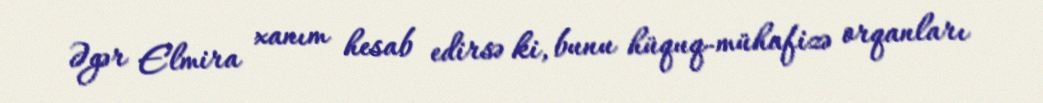
Əgər Elmira xanım hesab edirsə ki, bunu hüquq-mühafizə orqanları